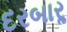
દરબારૢ